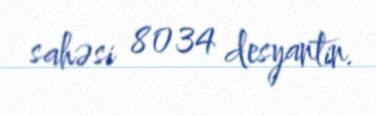
sahəsi 8034 desyantin.